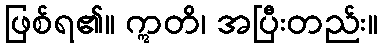
ဖြစ်ရ၏။ ဣတိ၊ အပြီးတည်း။